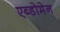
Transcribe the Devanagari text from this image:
एब्डोमेन